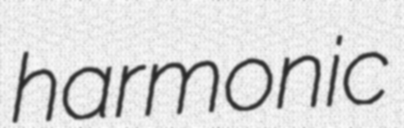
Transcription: harmonic